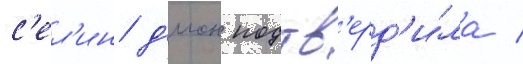
с'ел'ин д'ион подтв'ерд'и́ла /